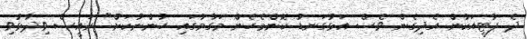
ދެ ޕާޓީއަކުން އެދިގެން ވެސް އަޅުގަނޑު ކޮންމެހެން މަގާމުގައި ހުންނާކަށް" ރައީސް ވިދާޅުވި